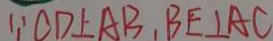
\because C D \bot A B , B E \bot A C